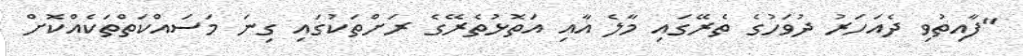
"ފާއިތުވި ދެއަހަރު ދުވަހުގެ ތެރޭގައި މާލެ އާއި އަތޮޅުތެރޭގެ ރަށްތަކުގައި ގިނަ މަސައްކަތްތަކެއްކޮށް